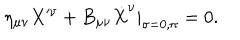
LaTeX: \eta _ { \mu \nu } X ^ { \nu } + B _ { \mu \nu } \dot { X } ^ { \nu } | _ { \sigma = 0 , \pi } = 0 .